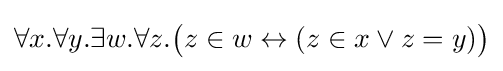
\forall x.\forall y.\exists w.\forall z.{\big (}z\in w\leftrightarrow (z\in x\lor z=y){\big )}